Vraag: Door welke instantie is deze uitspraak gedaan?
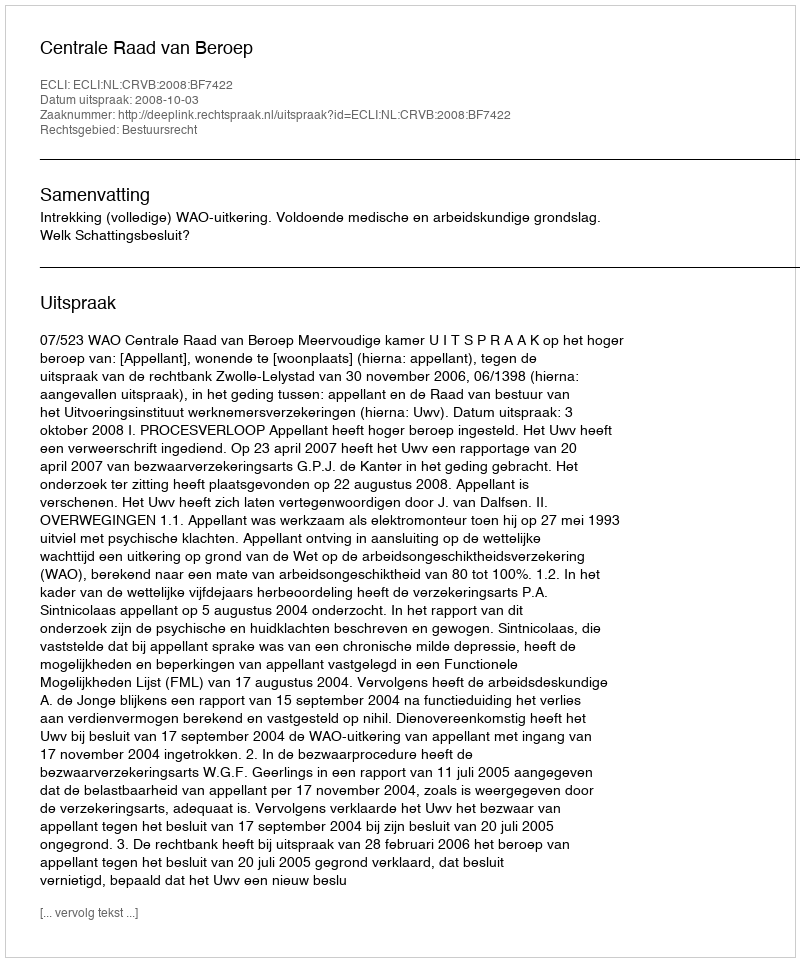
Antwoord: Centrale Raad van Beroep